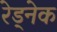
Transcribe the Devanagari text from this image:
रेड्नेक